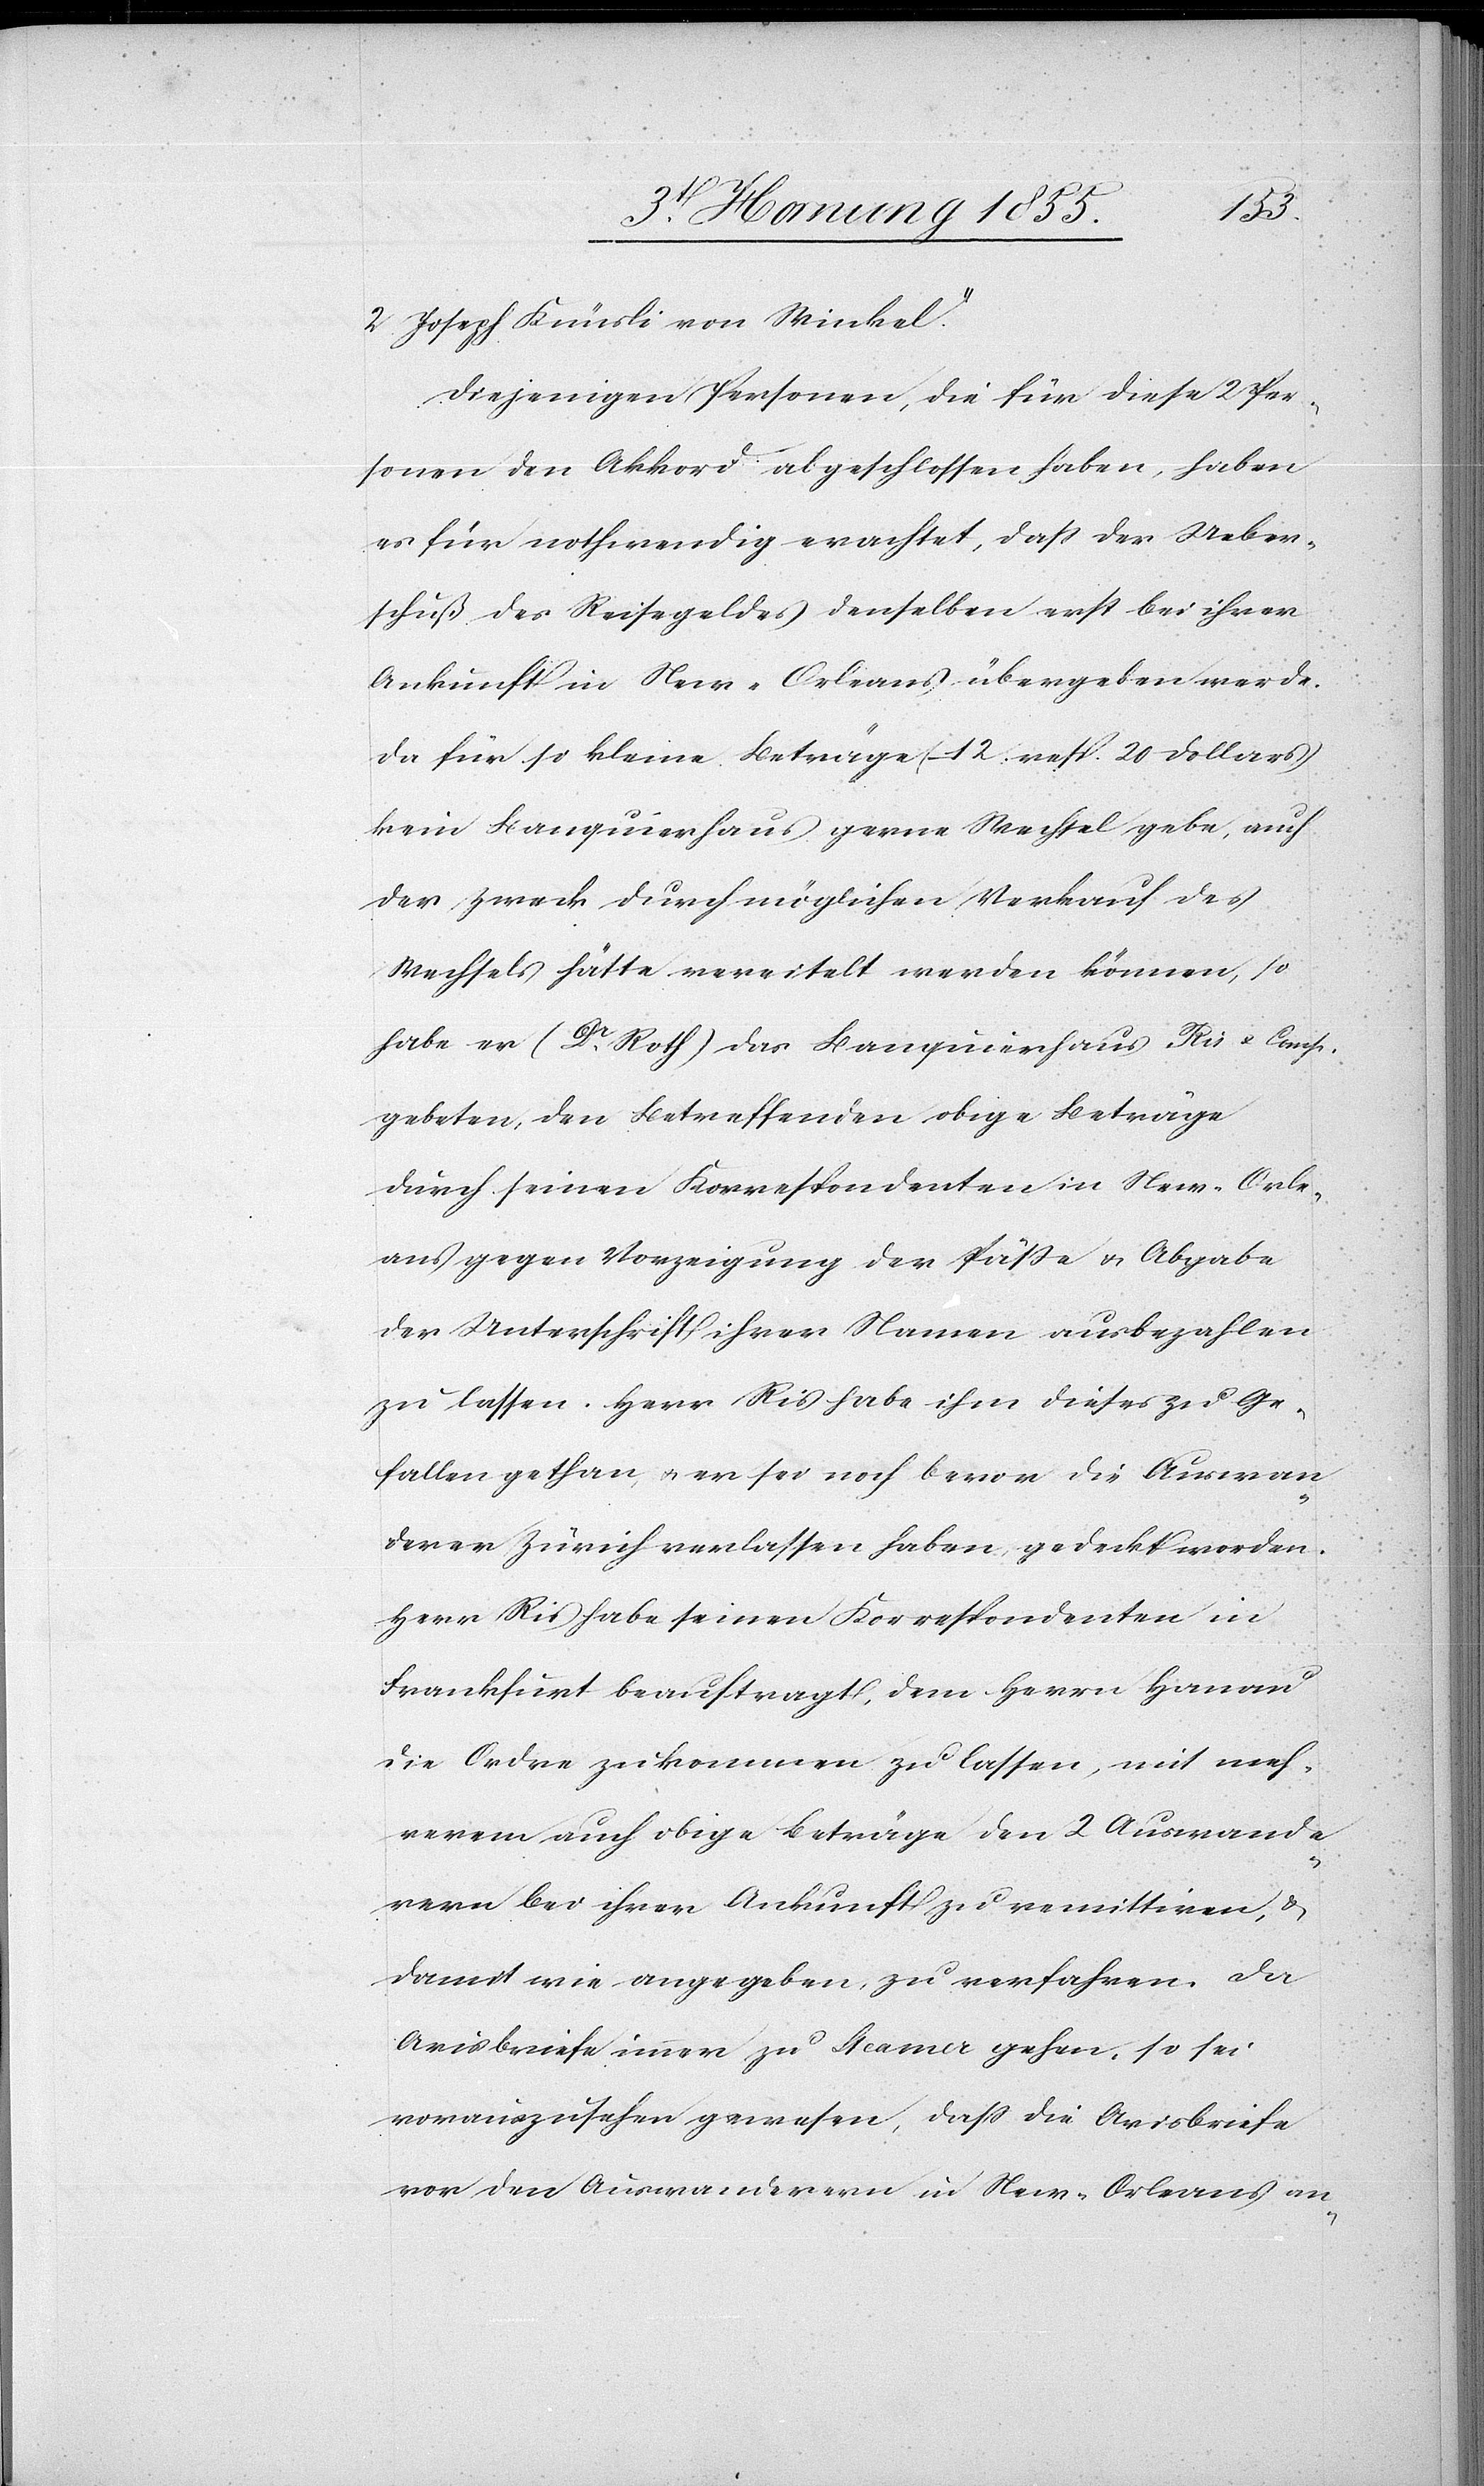
2. Joseph Knüsli von Winkel.“
Diejenigen Personen, die für diese 2 Per¬
sonen den Akkord abgeschlossen haben, haben
es für nothwendig erachtet, dass der Ueber¬
schuß des Reisegeldes denselben erst bei ihrer
Ankunft in New-Orleans übergeben werde.
Da für so kleine Beträge (12. resp. 20 Dollars)
kein Banquierhaus gerne Wechsel gebe, auch
der Zweck durch möglichen Verkauf des
Wechsels hätte vereitelt werden können, so
habe er (Dr. Roth) das Banquierhaus Ris & Comp.
gebeten, den Betreffenden obige Beträge
durch seinen Korrespondenten in New-Orle¬
ans gegen Vorzeigung der Pässe & Abgabe
der Unterschrift ihrer Namen ausbezahlen
zu lassen. Herr Ris habe ihm dieses zu Ge¬
fallen gethan, & er sei noch bevor die Auswan¬
derer Zürich verlassen haben, gedeckt worden.
Herr Ris habe seinen Korrespondenten in
Frankfurt beauftragt, dem Herrn Hanau
die Ordre zukommen zu lassen, mit meh¬
rerem auch obige Beträge den 2 Auswande¬
rern bei ihrer Ankunft zu remittiren, &
damit wie angegeben, zu verfahren. Da
Avisbriefe immer zu [?Sta]ma gehen, so sei
vorauszusehen gewesen, dass die Avisbriefe
vor den Auswanderern in New-Orleans an-